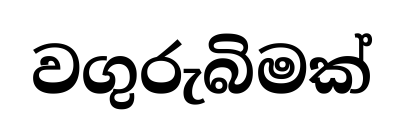
වගුරුබිමක්